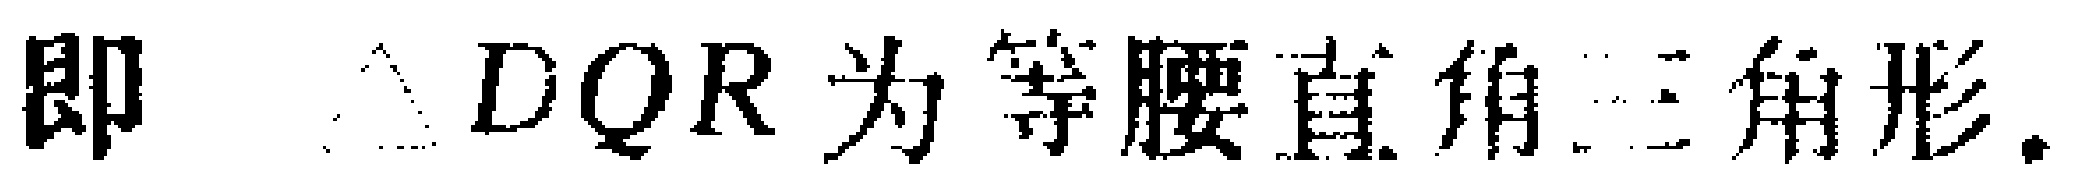
即 $\triangle DQR$ 为等腰直角三角形.